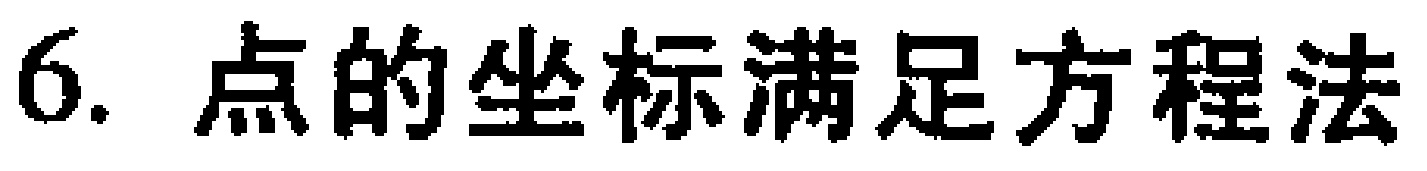
6. 点的坐标满足方程法